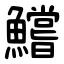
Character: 鱨